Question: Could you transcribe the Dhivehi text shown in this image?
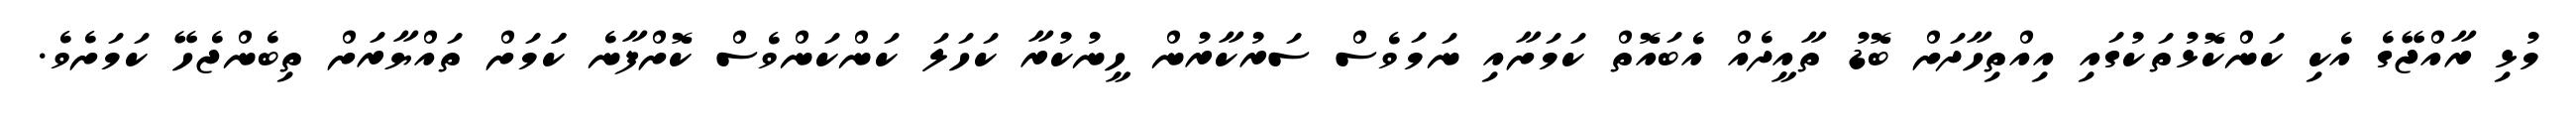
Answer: މުޅި ރާއްޖޭގެ އެކި ކަންކޮޅުތަކުގައި އިއްތިހާދަށް ބޮޑު ތާއީދެއް އެބައޮތް ކަމަށާއި ނަމަވެސް ސަރުކާރުން ހީނުކުރާ ކަހަލަ ކަންކަންވެސް ކޮށްފާނެ ކަަމަށް ތައްޔާރަށް ތިބެންޖެހޭ ކަމަށެވެ.